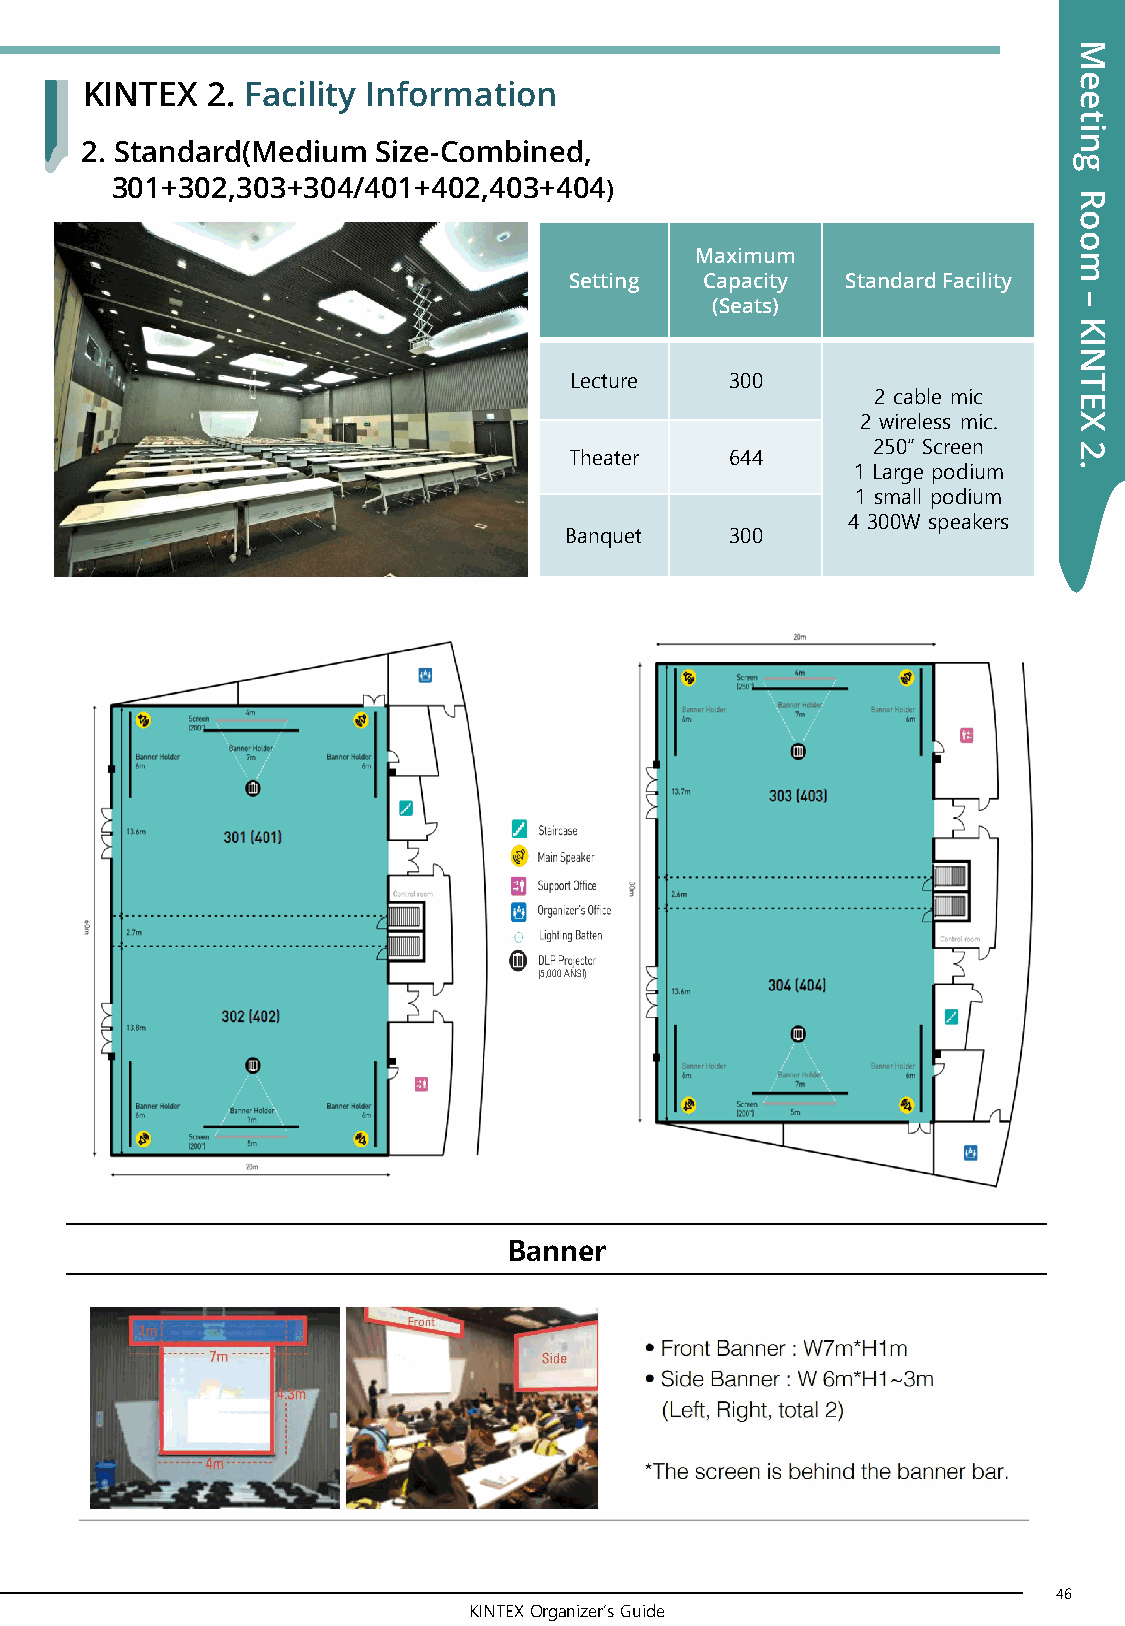
M
 e
 KINTEX   2. Facility Information
 e
 t
 i
 n
 2. Standard(Medium  Size-Combined,
 g
 301+302,303+304/401+402,403+404)
 R
 o
 o
 Maximum                  m
 Setting  Capacity Standard Facility
 –
 (Seats)
 K
 I
 N
 Lecture   300                    T
 2 cable mic  E
 2 wireless mic. X
 250” Screen  2
 Theater   644
 1 Large podium .
 1 small podium
 4 300W speakers
 Banquet    300
 (5,000 ANSI)
 Banner
 46
 KINTEX Organizer’s Guide
 47